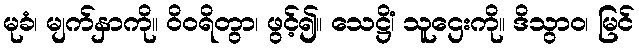
မုခံ၊ မျက်နှာကို။ ဝိဝရိတွာ၊ ဖွင့်၍။ သေဋ္ဌိံ၊ သူဌေးကို။ ဒိသွာဝ၊ မြင်